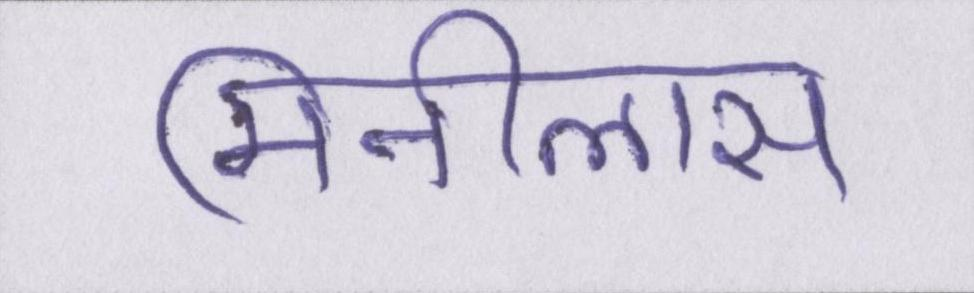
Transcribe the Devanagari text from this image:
मिनीलास